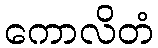
ကောလိတံ